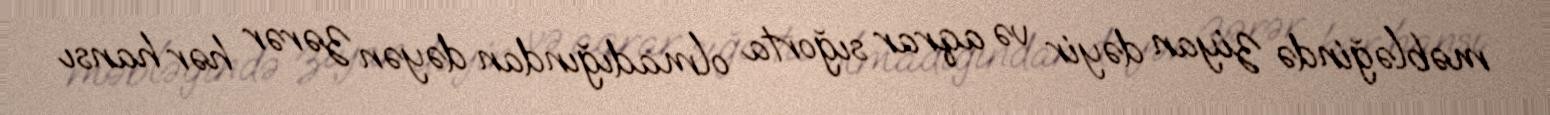
məbləğində ziyan dəyir və aqrar sığorta olmadığından dəyən zərər hər hansı